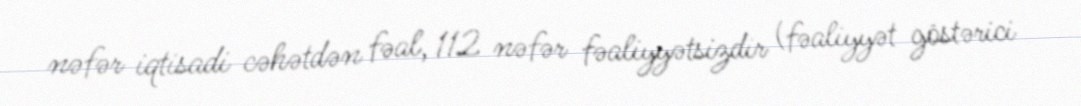
nəfər iqtisadi cəhətdən fəal, 112 nəfər fəaliyyətsizdir (fəaliyyət göstərici